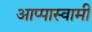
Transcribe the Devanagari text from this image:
आप्पास्वामीं